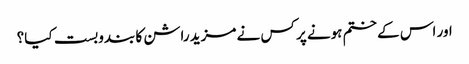
اور اس کے ختم ہونے پر کس نے مزید راشن کا بندوبست کیا؟